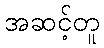
အဆင့်တူ